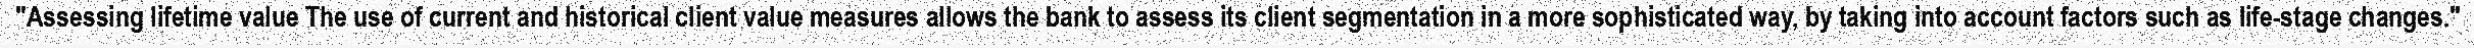
"Assessing lifetime value The use of current and historical client value measures allows the bank to assess its client segmentation in a more sophisticated way, by taking into account factors such as life-stage changes."